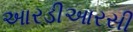
આરડીઆરસી